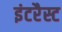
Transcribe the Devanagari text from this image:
इंटरैस्ट